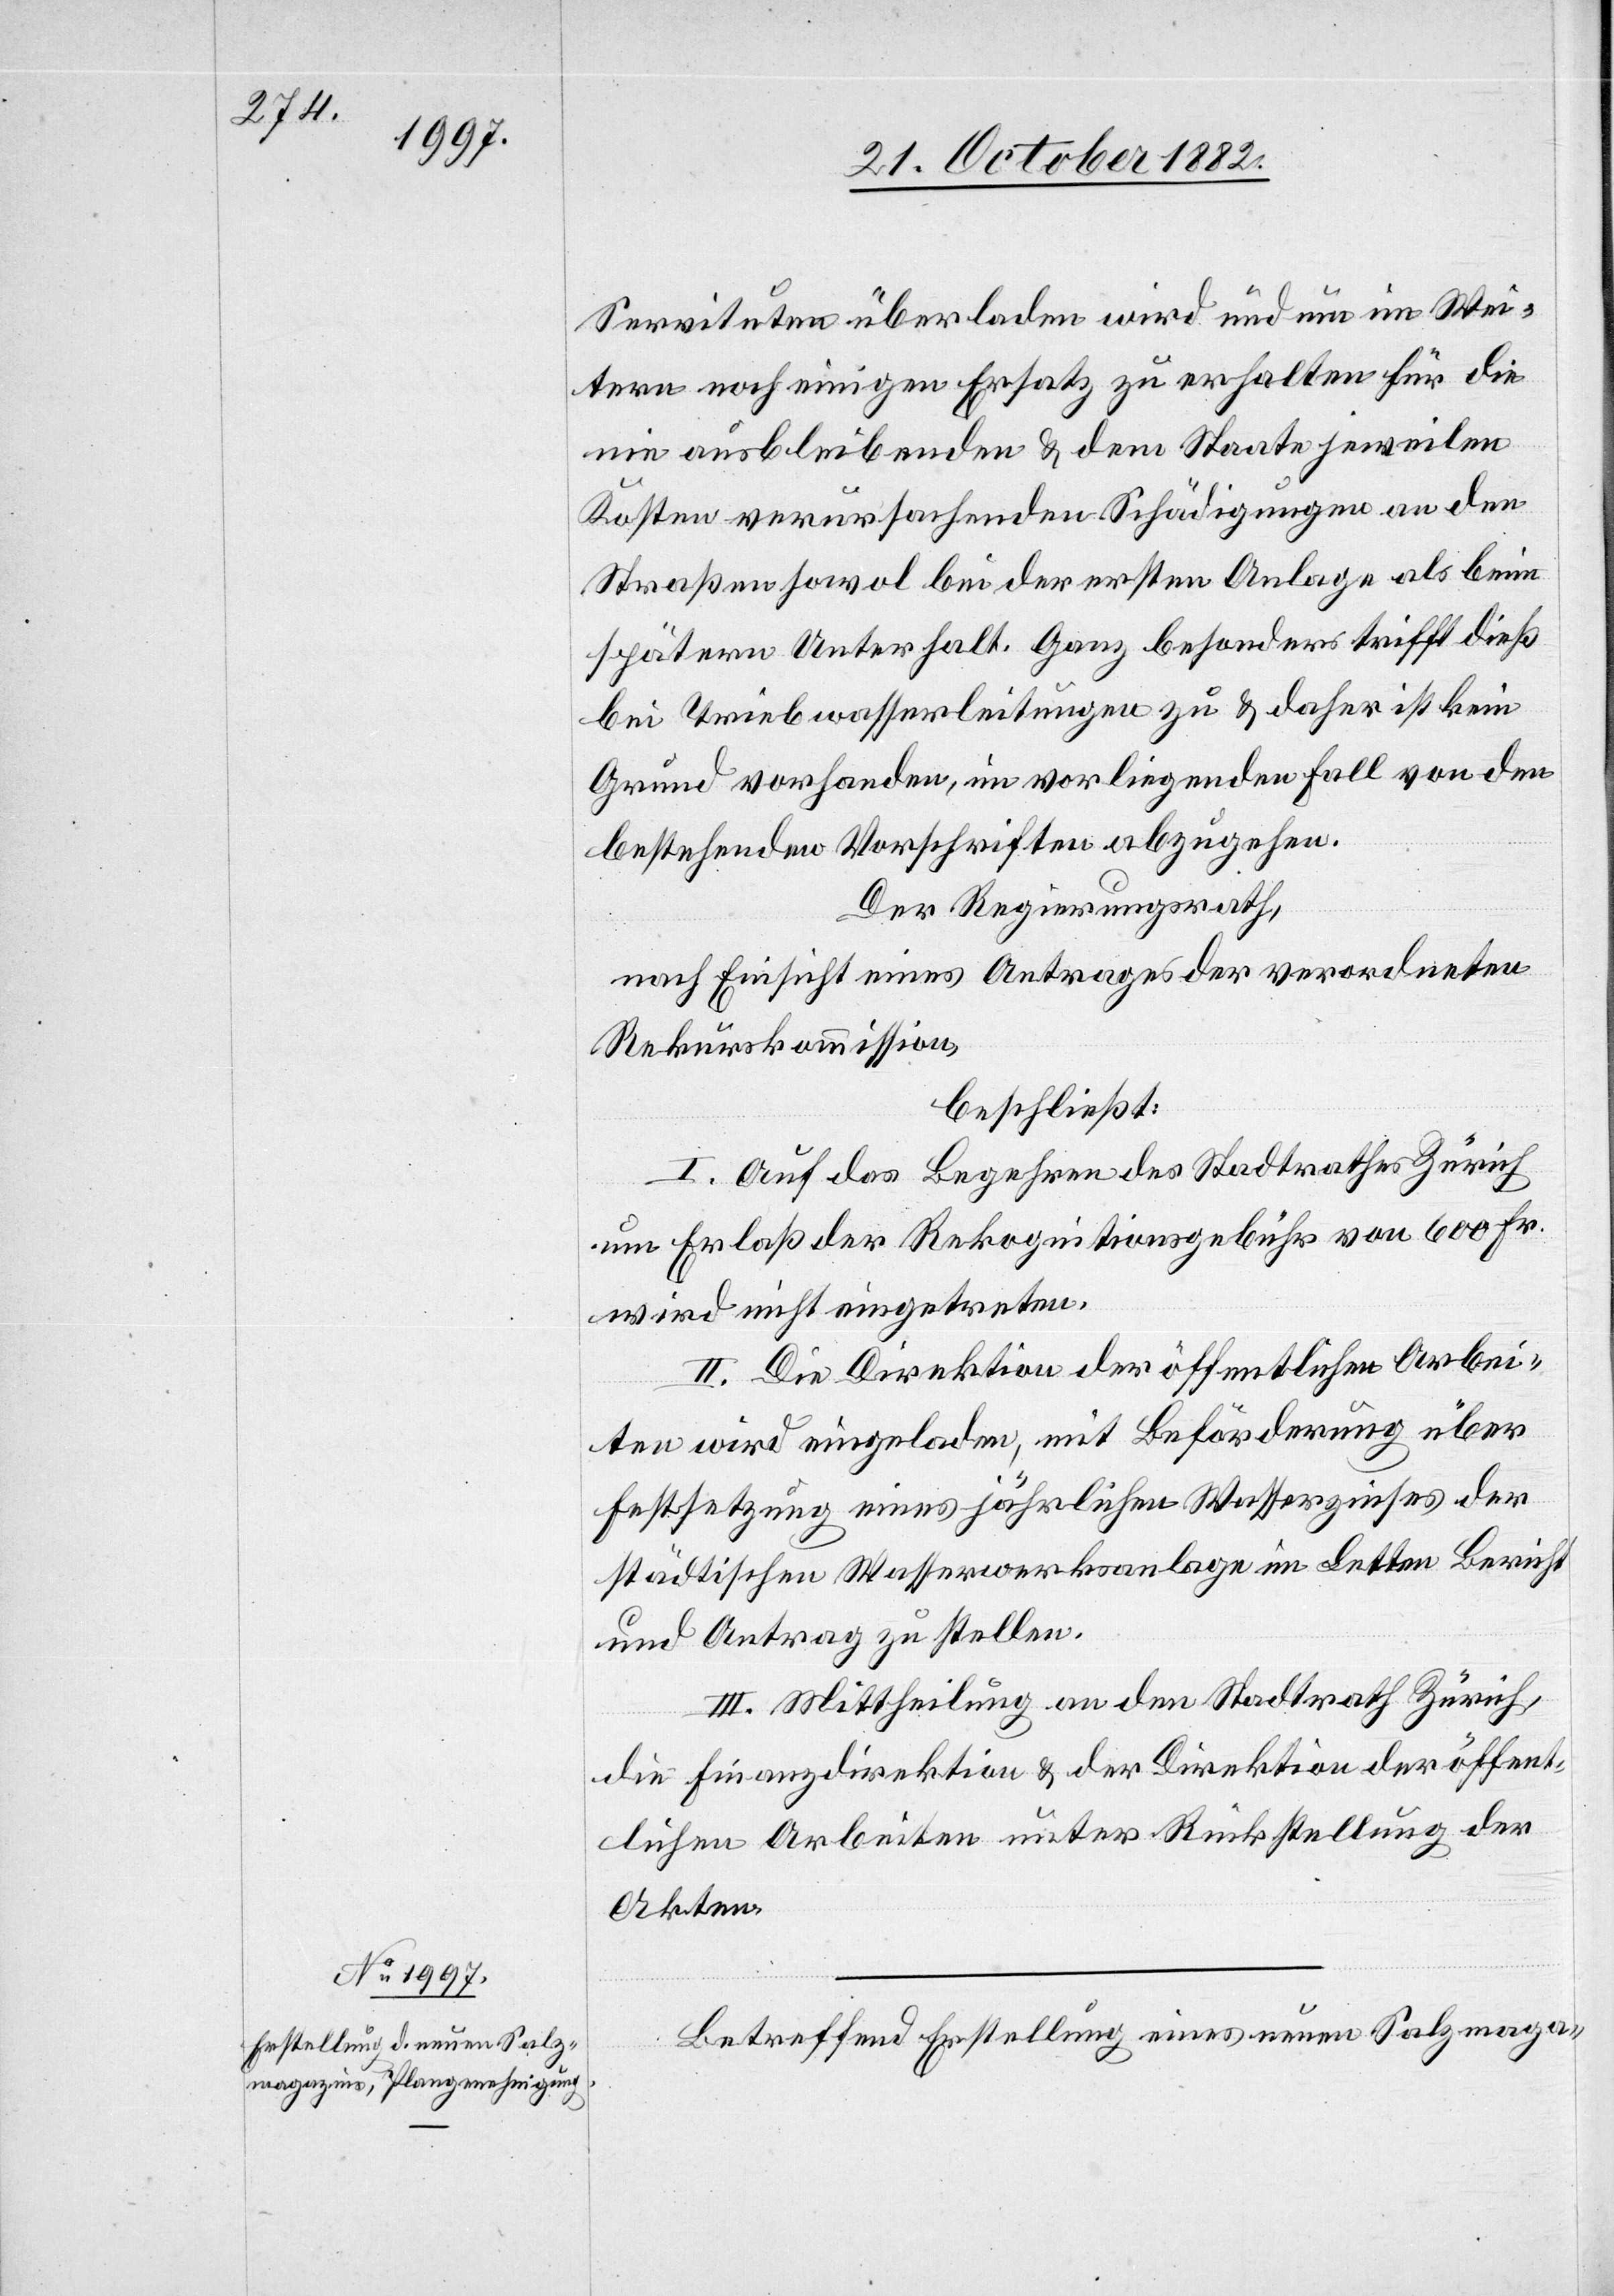
Servituten überladen wird und um im Wei¬
tern noch einigen Ersatz zu erhalten für die
nie ausbleibenden & dem Staate jeweilen
Kosten verursachenden Schädigungen an den
Straßen sowol bei der ersten Anlage als beim
spätern Unterhalt. Ganz besonders trifft dieß
bei Triebwasserleitungen zu & daher ist kein
Grund vorhanden, im vorliegenden Fall von den
bestehenden Vorschriften abzugehen.
Der Regierungsrath,
nach Einsicht eines Antrages der verordneten
Rekurskommission,
beschließt:
I. Auf das Begehren des Stadtrathes Zürich
um Erlaß der Rekognitionsgebühr von 600 Fr.
wird nicht eingetreten.
II. Die Direktion der öffentlichen Arbei¬
ten wird eingeladen, mit Beförderung über
Festsetzung eines jährlichen Wasserzinses der
städtischen Wasserwerksanlage im Letten Bericht
und Antrag zu stellen.
III. Mittheilung an den Stadtrath Zürich,
die Finanzdirektion & der Direktion der öffent¬
lichen Arbeiten unter Rückstellung der
Akten.
Betreffend Erstellung eines neuen Salzmaga-